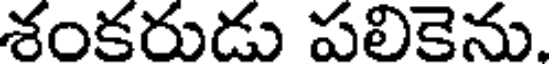
శంకరుడు పలికెను.